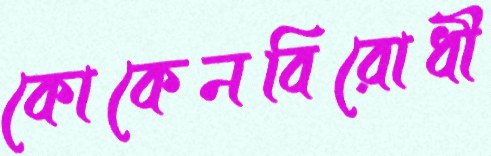
কোকেনবিরোধী